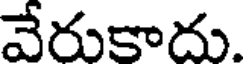
వేరుకాదు.